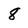
Character: 8